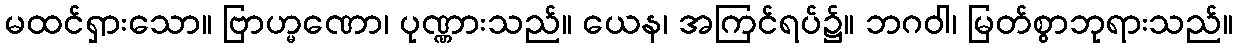
မထင်ရှားသော။ ဗြာဟ္မဏော၊ ပုဏ္ဏားသည်။ ယေန၊ အကြင်ရပ်၌။ ဘဂဝါ၊ မြတ်စွာဘုရားသည်။